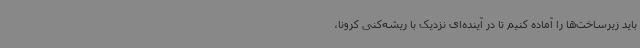
باید زیرساخت‌ها را آماده کنیم تا در آینده‌ای نزدیک با ریشه‌کنی کرونا،